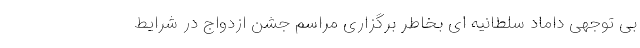
بی توجهی داماد سلطانیه ای بخاطر برگزاری مراسم جشن ازدواج در شرایط